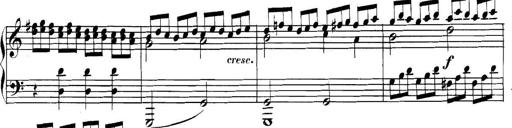
Title: Collected Piano Sonatas
Composer: Muzio Clementi